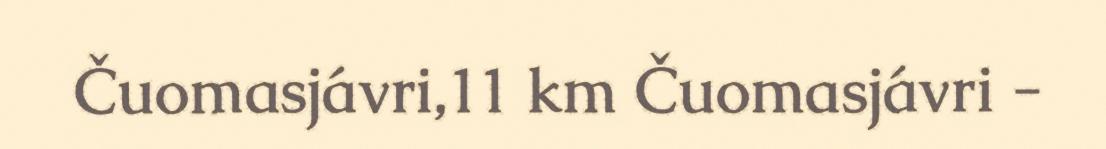
Čuomasjávri,11 km Čuomasjávri -